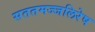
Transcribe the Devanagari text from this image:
सततमज्जलिरेष